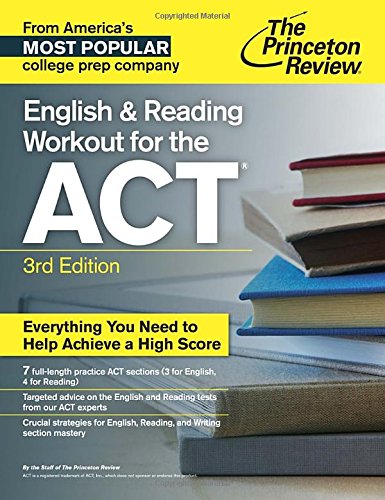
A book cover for English and Reading Workout for the ACT, 3rd Edition (College Test Preparation); Princeton Review; Test Preparation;